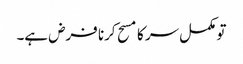
تو مکمل سر کا مسح کرنا فرض ہے۔